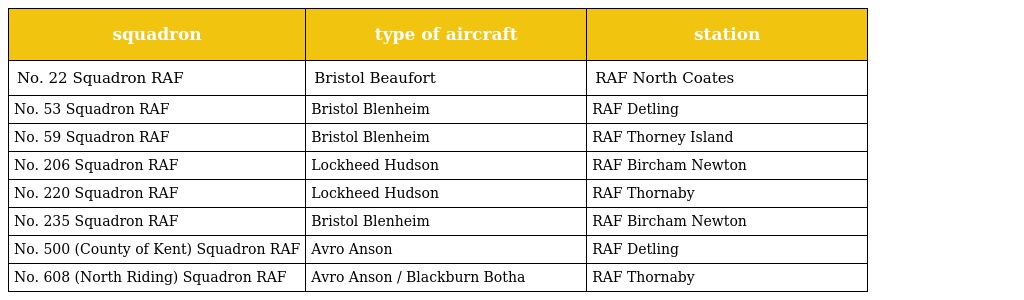
| squadron | type of aircraft | station |
 | --- | --- | --- |
 | No. 22 Squadron RAF | Bristol Beaufort | RAF North Coates |
 | No. 53 Squadron RAF | Bristol Blenheim | RAF Detling |
 | No. 59 Squadron RAF | Bristol Blenheim | RAF Thorney Island |
 | No. 206 Squadron RAF | Lockheed Hudson | RAF Bircham Newton |
 | No. 220 Squadron RAF | Lockheed Hudson | RAF Thornaby |
 | No. 235 Squadron RAF | Bristol Blenheim | RAF Bircham Newton |
 | No. 500 (County of Kent) Squadron RAF | Avro Anson | RAF Detling |
 | No. 608 (North Riding) Squadron RAF | Avro Anson / Blackburn Botha | RAF Thornaby |